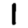
Digit: 1